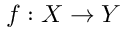
f : X \to Y